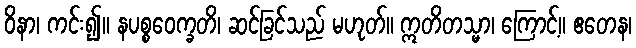
ဝိနာ၊ ကင်း၍။ နပစ္စဝေက္ခတိ၊ ဆင်ခြင်သည် မဟုတ်။ ဣတိတသ္မာ၊ ကြောင့်။ ဧတေန၊